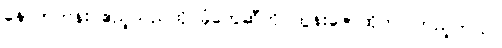
နောက်တန်း ဧည့်သည်ထိုင်ခုံတွေဆီကို ထွန်းဇော်ထိုက် ကြည့်တယ်။